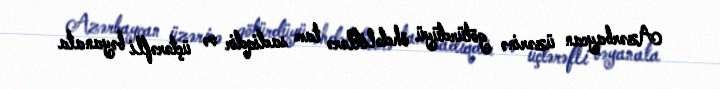
Azərbaycan üzərinə götürdüyü öhdəliklərə tam sadiqdir və üçtərəfli bəyanata